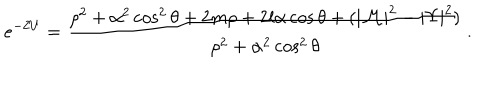
e ^ { - 2 U } = \frac { \rho ^ { 2 } + \alpha ^ { 2 } \cos ^ { 2 } \theta + 2 m \rho + 2 l \alpha \cos \theta + ( | { \cal M } | ^ { 2 } - | \Upsilon | ^ { 2 } ) } { \rho ^ { 2 } + \alpha ^ { 2 } \cos ^ { 2 } \theta } \, .